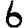
Digit: 6